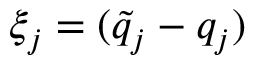
\xi _ { j } = ( \tilde { q } _ { j } - q _ { j } )